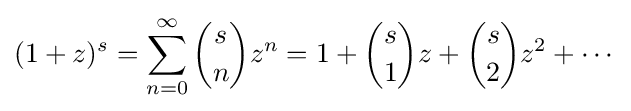
(1+z)^{s}=\sum _{n=0}^{\infty }{s \choose n}z^{n}=1+{s \choose 1}z+{s \choose 2}z^{2}+\cdots